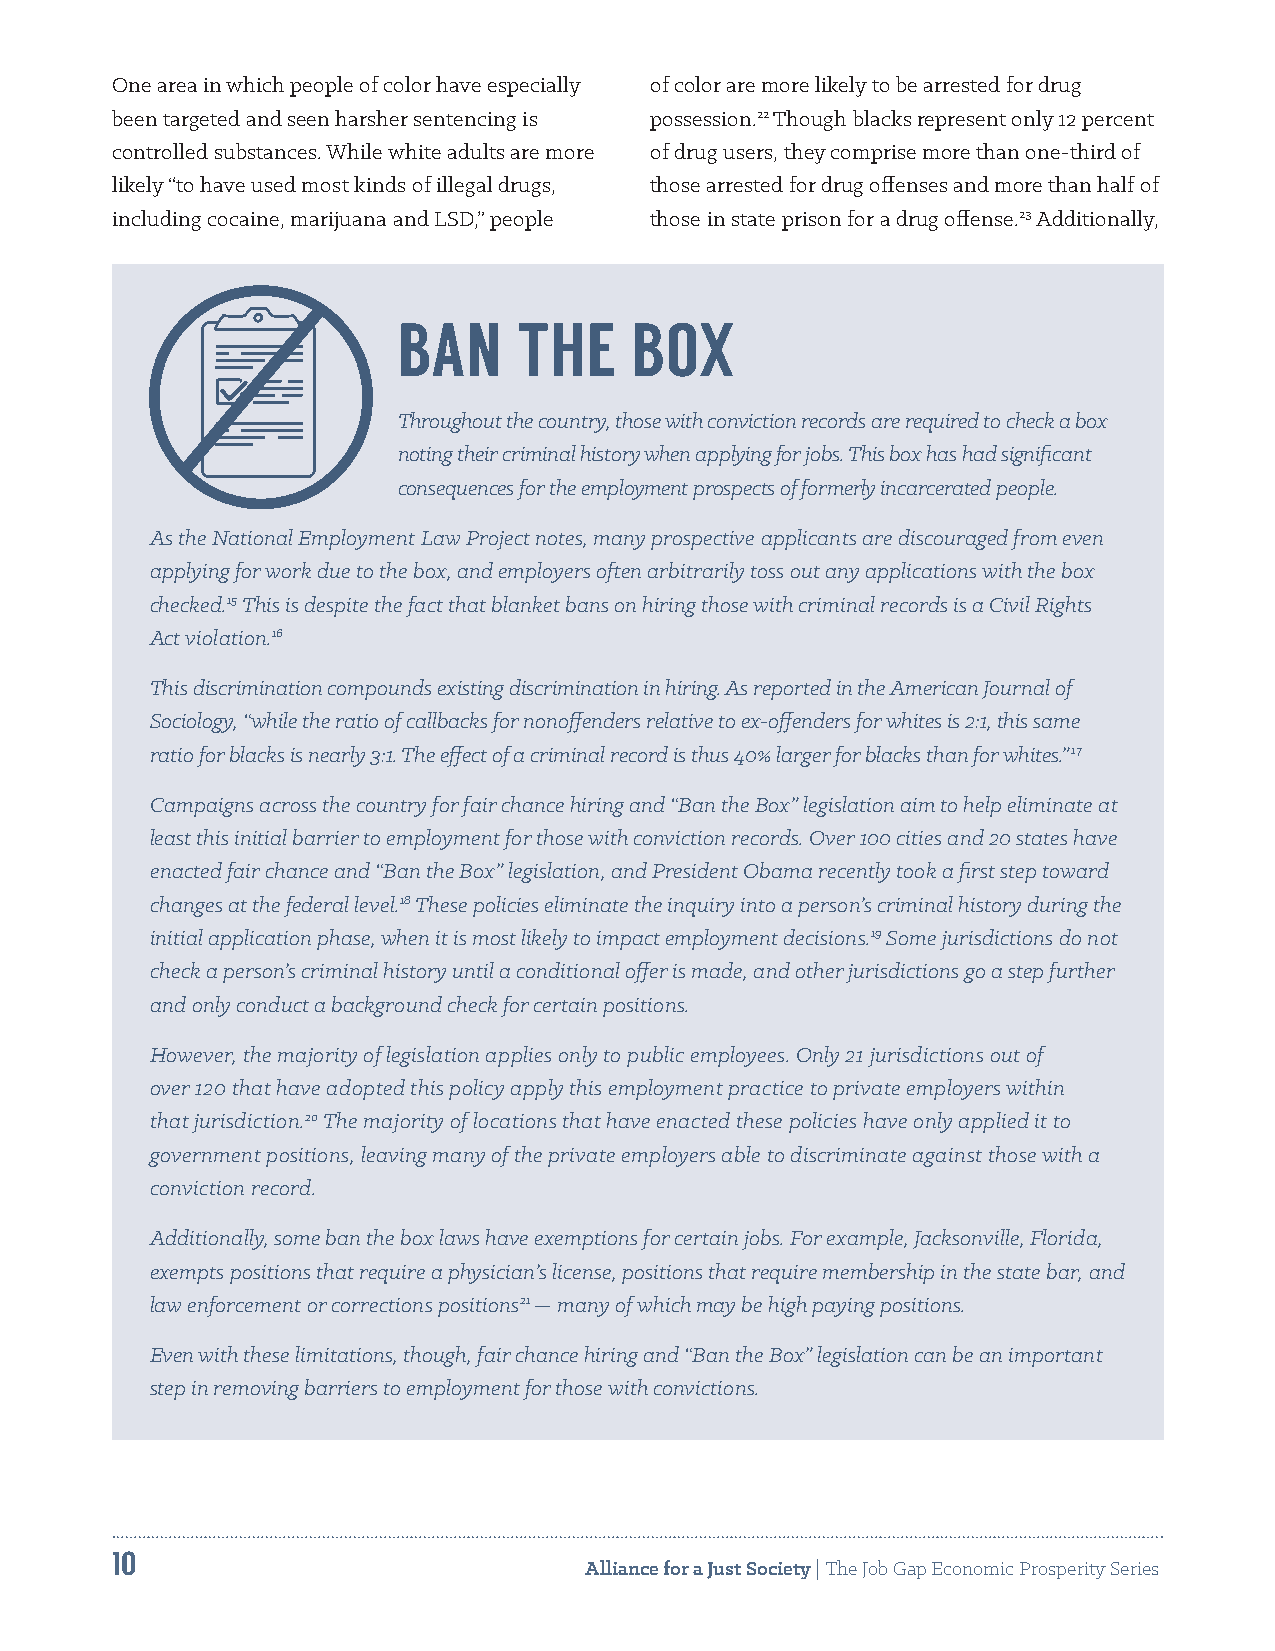
One area in which people of color have especially of color are more likely to be arrested for drug
 been targeted and seen harsher sentencing is possession.22 Though blacks represent only 12 percent
 controlled substances. While white adults are more of drug users, they comprise more than one-third of
 likely “to have used most kinds of illegal drugs, those arrested for drug offenses and more than half of
 including cocaine, marijuana and LSD,” people those in state prison for a drug offense.23 Additionally,
 BAN     THE     BOX
 Throughout the country, those with conviction records are required to check a box
 noting their criminal history when applying for jobs. This box has had significant
 consequences for the employment prospects of formerly incarcerated people.
 As the National Employment Law Project notes, many prospective applicants are discouraged from even
 applying for work due to the box, and employers often arbitrarily toss out any applications with the box
 checked.15 This is despite the fact that blanket bans on hiring those with criminal records is a Civil Rights
 Act violation.16
 This discrimination compounds existing discrimination in hiring. As reported in the American Journal of
 Sociology, “while the ratio of callbacks for nonoffenders relative to ex-offenders for whites is 2:1, this same
 ratio for blacks is nearly 3:1. The effect of a criminal record is thus 40% larger for blacks than for whites.” 17
 Campaigns across the country for fair chance hiring and “Ban the Box” legislation aim to help eliminate at
 least this initial barrier to employment for those with conviction records. Over 100 cities and 20 states have
 enacted fair chance and “Ban the Box” legislation, and President Obama recently took a first step toward
 changes at the federal level.18 These policies eliminate the inquiry into a person’s criminal history during the
 initial application phase, when it is most likely to impact employment decisions.19 Some jurisdictions do not
 check a person’s criminal history until a conditional offer is made, and other jurisdictions go a step further
 and only conduct a background check for certain positions.
 However, the majority of legislation applies only to public employees. Only 21 jurisdictions out of
 over 120 that have adopted this policy apply this employment practice to private employers within
 that jurisdiction.20 The majority of locations that have enacted these policies have only applied it to
 government positions, leaving many of the private employers able to discriminate against those with a
 conviction record.
 Additionally, some ban the box laws have exemptions for certain jobs. For example, Jacksonville, Florida,
 exempts positions that require a physician’s license, positions that require membership in the state bar, and
 law enforcement or corrections positions21 — many of which may be high paying positions.
 Even with these limitations, though, fair chance hiring and “Ban the Box” legislation can be an important
 step in removing barriers to employment for those with convictions.
 10
 Alliance for a Just Society | The Job Gap Economic Prosperity Series